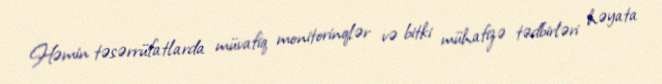
Həmin təsərrüfatlarda müvafiq monitorinqlər və bitki mühafizə tədbirləri həyata